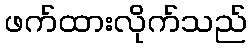
ဖက်ထားလိုက်သည်